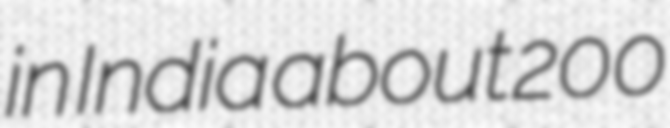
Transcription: in India about 200